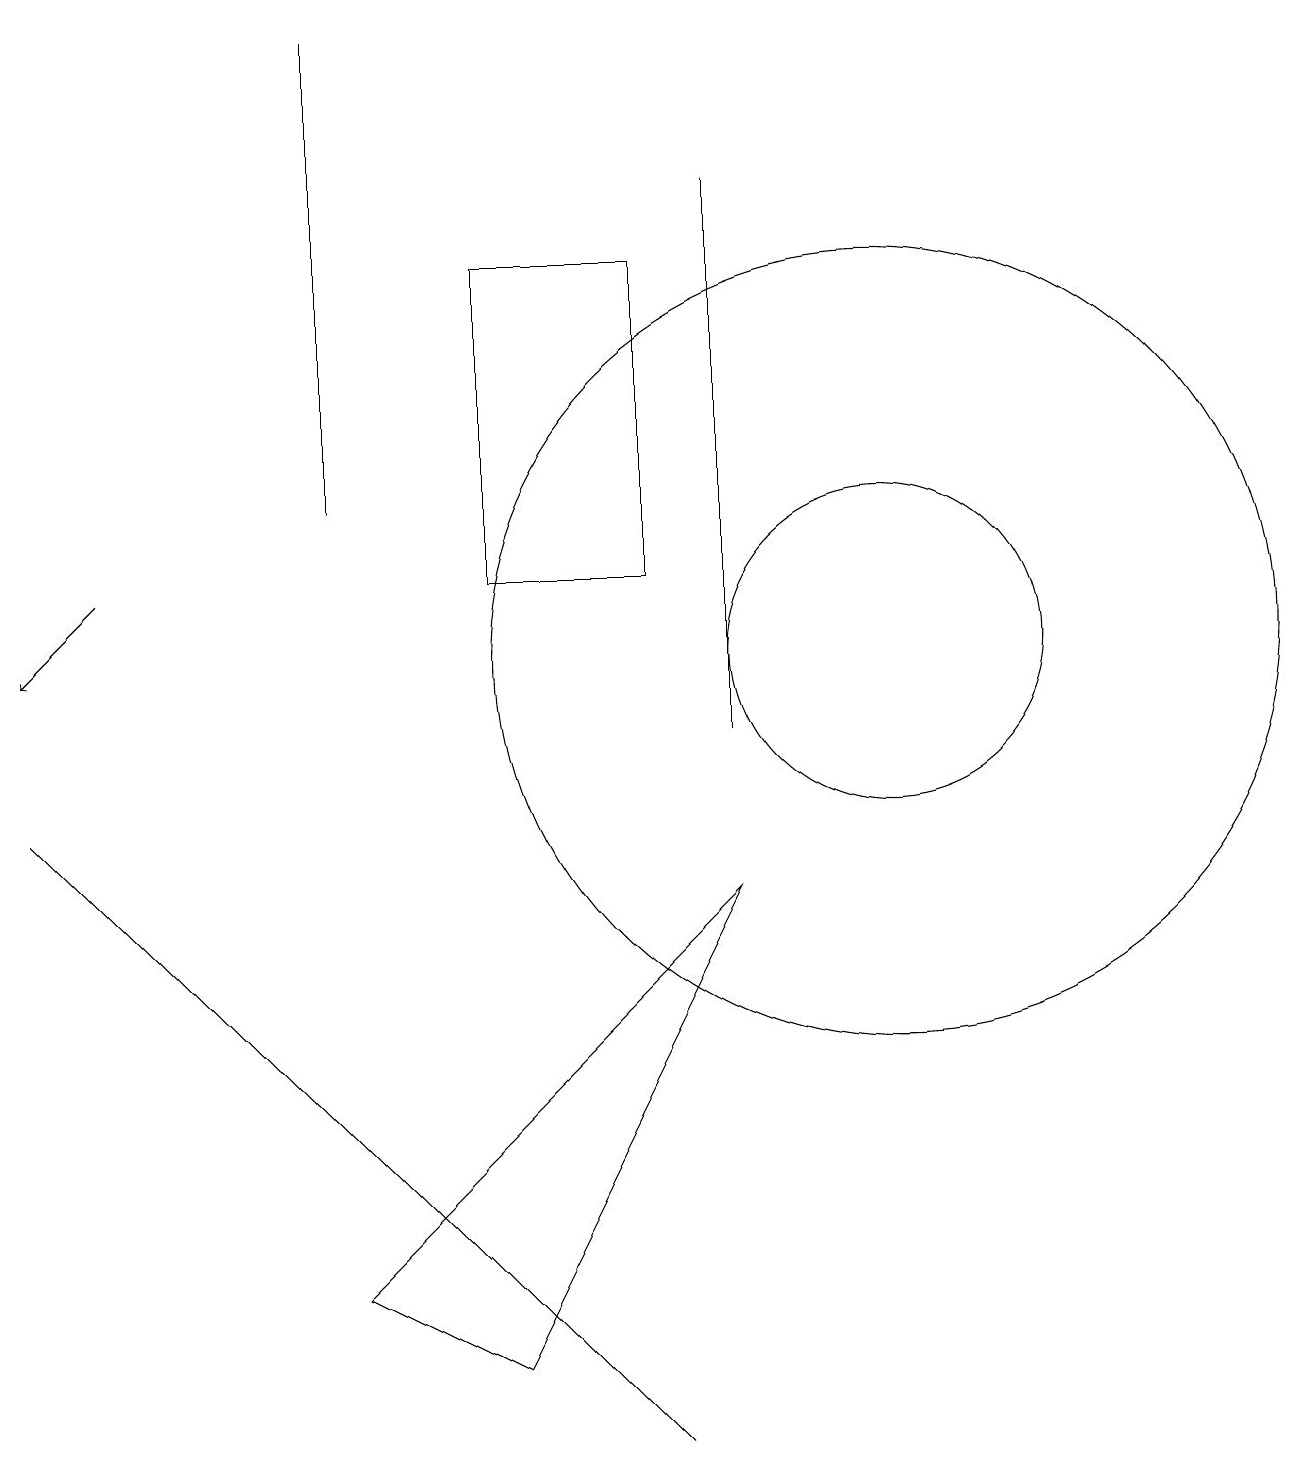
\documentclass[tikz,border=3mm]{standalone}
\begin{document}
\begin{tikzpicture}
\draw (6,12) rectangle (8,16);
\draw (9,8) -- (4,3) -- (6,2) -- cycle;
\draw[->] (1,12) -- (0,11);
\draw (8,1) -- (1,8) -- (0,9) -- cycle;
\draw (11,11) circle (2);
\draw (11,11) circle (5);
\draw (9,17) rectangle (9,10);
\draw (4,19) rectangle (4,13);
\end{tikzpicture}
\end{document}